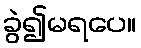
ခွဲ၍မရပေ။